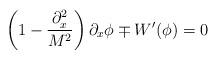
LaTeX: \begin{align*} \left( 1 - \frac{\partial^2_x}{M^2} \right) \partial_x \phi \mp W^\prime (\phi) =0\end{align*}